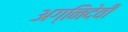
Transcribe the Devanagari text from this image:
अग्निदेवी